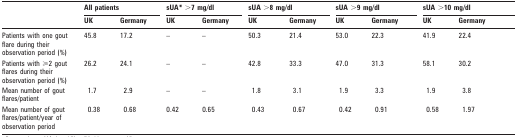
| <ROWSPAN=2>  | <COLSPAN=2> All patients | <COLSPAN=2> sUA* >7 mg/dl | <COLSPAN=2> sUA >8 mg/dl | <COLSPAN=2> sUA >9 mg/dl | <COLSPAN=2> sUA >10 mg/dl |
 | UK | Germany | UK | Germany | UK | Germany | UK | Germany | UK | Germany |
 | --- | --- | --- | --- | --- | --- | --- | --- | --- | --- | --- |
 | Patients with one goutflare during theirobservation period (%) | 45.8 | 17.2 | – | – | 50.3 | 21.4 | 53.0 | 22.3 | 41.9 | 22.4 |
 | Patients with ⩾2 goutflares during theirobservation period (%) | 26.2 | 24.1 | – | – | 42.8 | 33.3 | 47.0 | 31.3 | 58.1 | 30.2 |
 | Mean number of goutflares/patient | 1.7 | 2.9 | – | – | 1.8 | 3.1 | 1.9 | 3.3 | 1.9 | 3.8 |
 | Mean number of goutflares/patient/year ofobservation period | 0.38 | 0.68 | 0.42 | 0.65 | 0.43 | 0.67 | 0.42 | 0.91 | 0.58 | 1.97 |